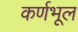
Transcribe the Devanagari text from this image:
कर्णभूल